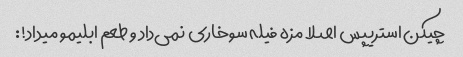
چیکن استریپس اصلا مزه فیله سوخاری نمی‌داد و طعم ابلیمو میداد!: